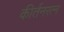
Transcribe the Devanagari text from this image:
कीर्तनरत्‍न